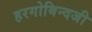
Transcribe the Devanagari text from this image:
हरगोबिन्दजी